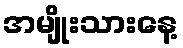
အမျိုးသားနေ့